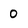
Character: 0